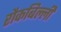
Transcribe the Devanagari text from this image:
रौकबिल्ली